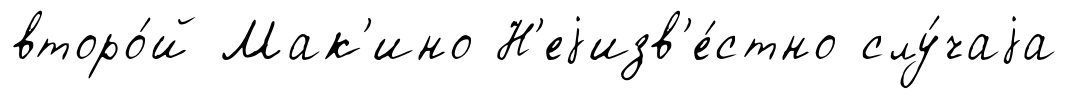
второ́й Мак'ино Н'еjизв'е́стно слу́чаjа